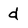
Character: d